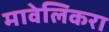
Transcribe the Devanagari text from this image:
मावेलिकरा